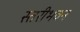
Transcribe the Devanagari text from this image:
स्तरीभवन